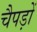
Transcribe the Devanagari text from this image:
चैपड़ों